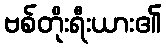
ဗစ်တိုးရီးယား၏